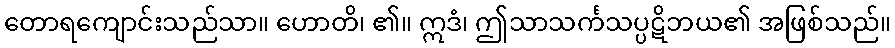
တောရကျောင်းသည်သာ။ ဟောတိ၊ ၏။ ဣဒံ၊ ဤသာသင်္ကသပ္ပဋိဘယ၏ အဖြစ်သည်။